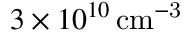
3 \times 1 0 ^ { 1 0 } \, \mathrm { c m ^ { - 3 } }